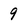
Character: 9